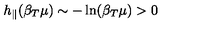
h _ { \parallel } ( \beta _ { T } \mu ) \sim - \ln ( \beta _ { T } \mu ) > 0